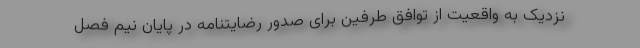
نزدیک به واقعیت از توافق طرفین برای صدور رضایتنامه در پایان نیم فصل